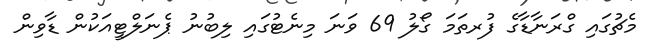
މެޗުގައި ގްރަނާޑާގެ ފުރތަަމަ ގޯލު 69 ވަނަ މިނެޓުގައި ލިބުނު ޕެނަލްޓީއަކުން ޑާވިން